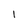
Character: I